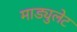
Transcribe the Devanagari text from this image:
माड्युलेट